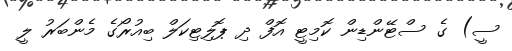
ސީ) ގެ ސްޓޭންޑިން ކޮމިޓީ އޮފް ދި ޕޮލިޓިކަލް ބިއުރޯގެ މެންބަރު ލީ